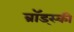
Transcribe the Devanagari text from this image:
ब्रॉड्स्की